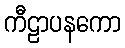
ကီဠာပနကော